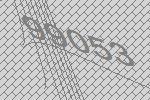
99053